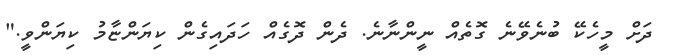
ދަށް މީހެކޭ ބުނެވޭނެ ގޮތެއް ނީންނާނެ. ދެން ދޮގެއް ހަދައިގެން ކިޔަންޏާމު ކިޔަންވީ."